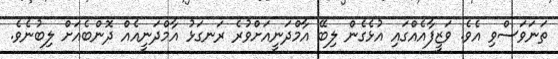
ތަނަވަސްވި އެވެ. ވަޒީފާއެއްގައި އުޅެގެން ލިބޭ އާމްދަނީއަށްވުރެ ރަނގަޅު އާމްދަނީއެއް ދޮންބެއަށް ލިބުނެވެ.